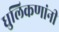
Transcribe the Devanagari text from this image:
धुलिकणांनी